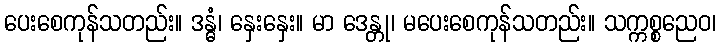
ပေးစေကုန်သတည်း။ ဒန္ဓံ၊ နှေးနှေး။ မာ ဒေန္တု၊ မပေးစေကုန်သတည်း။ သက္ကစ္စညေဝ၊